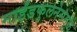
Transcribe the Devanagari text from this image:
माईंडफुलनेसमुळे